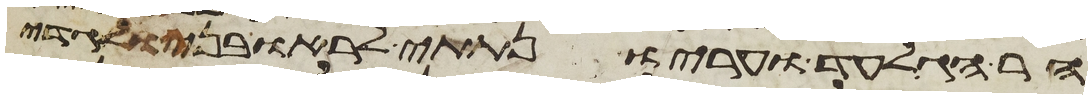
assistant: הר הגלעד ועריו נתתי לראובני ולגדי